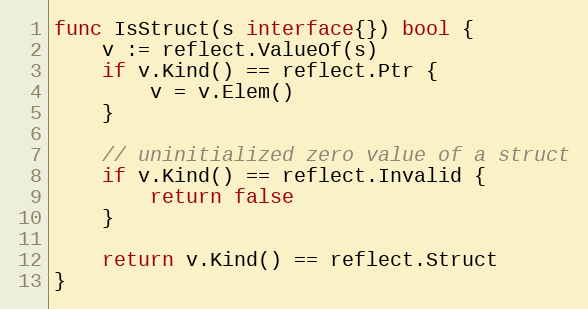
Language: Go
func IsStruct(s interface{}) bool {
	v := reflect.ValueOf(s)
	if v.Kind() == reflect.Ptr {
		v = v.Elem()
	}

	// uninitialized zero value of a struct
	if v.Kind() == reflect.Invalid {
		return false
	}

	return v.Kind() == reflect.Struct
}